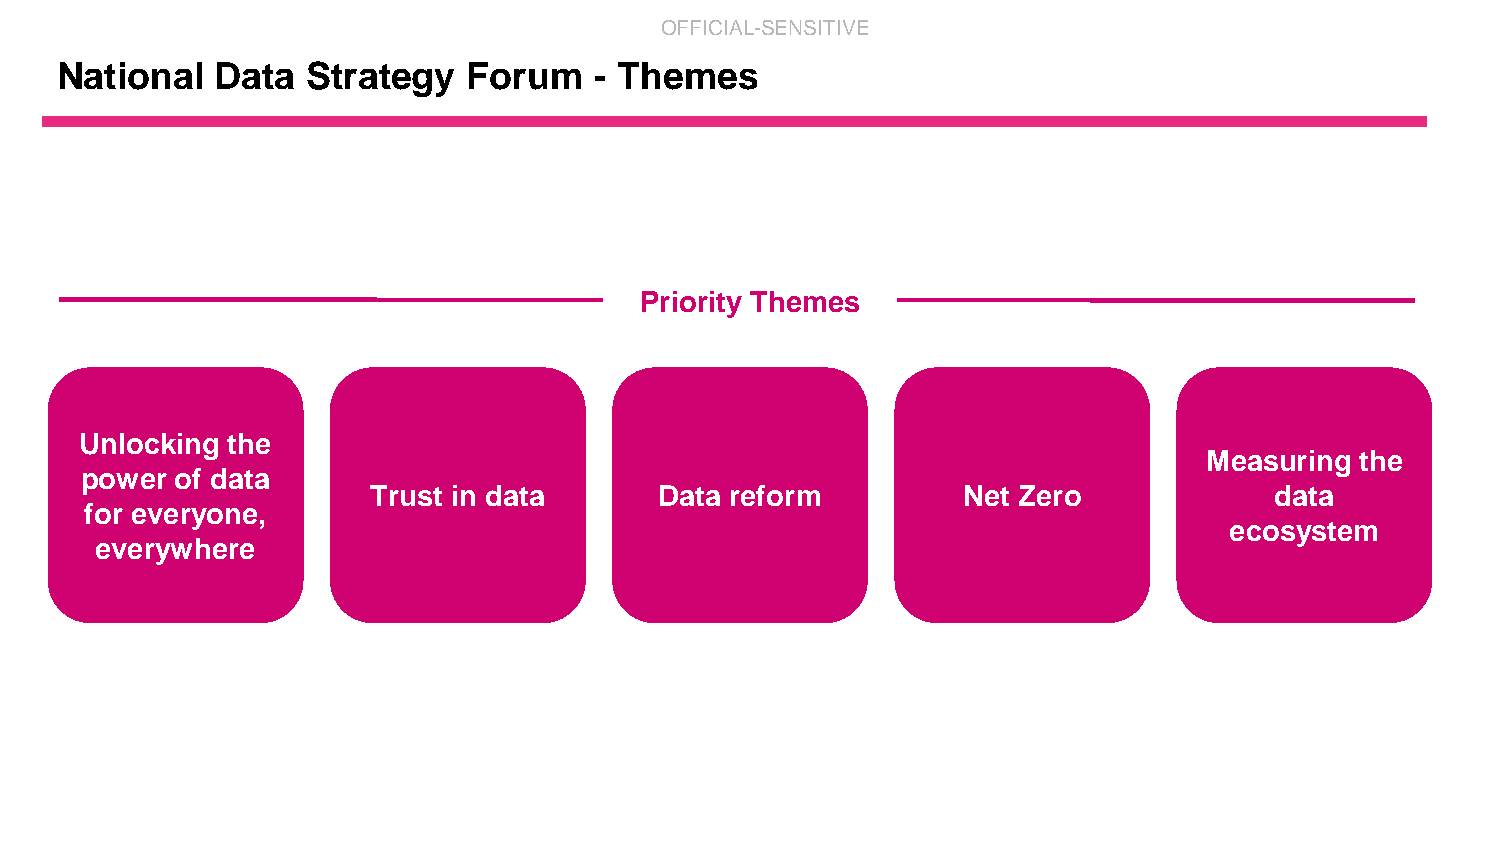
OFFICIAL-SENSITIVE
 National  Data  Strategy   Forum   - Themes
 Priority Themes
 Unlocking the
 Measuring the
 power  of data
 Trust in data      Data reform         Net Zero            data
 for everyone,
 ecosystem
 everywhere